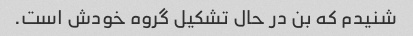
شنیدم که بن در حال تشکیل گروه خودش است.